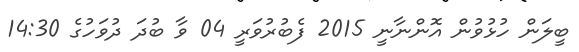
ބީލަން ހުޅުވުން އޮންނާނީ 2015 ފެބުރުވަރީ 04 ވާ ބުދަ ދުވަހުގެ 14:30